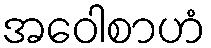
အဝေါစာဟံ